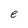
Character: e